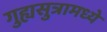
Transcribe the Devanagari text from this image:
गुह्यसुत्रामध्ये